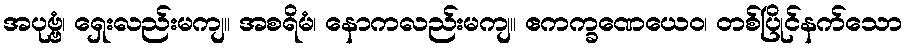
အပုဗ္ဗံ၊ ရှေးလည်းမကျ။ အစရိမံ၊ နောကလည်းမကျ။ ဧကက္ခဏေယေဝ၊ တစ်ပြိုင်နက်သော